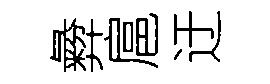
彜扈迂